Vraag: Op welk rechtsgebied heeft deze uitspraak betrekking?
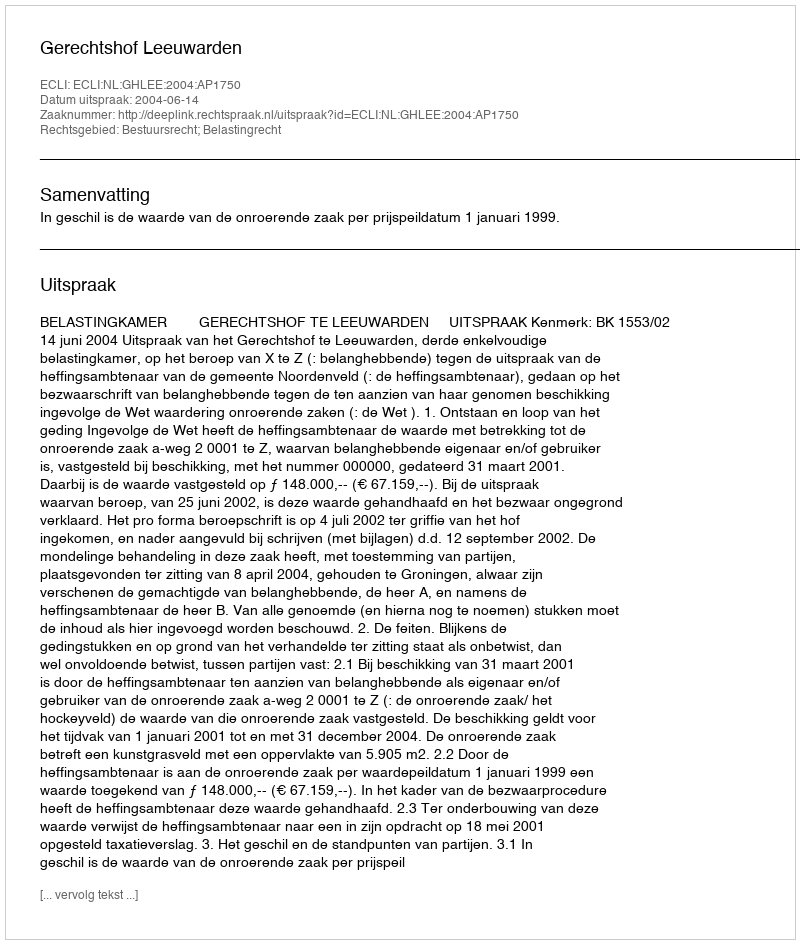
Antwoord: Bestuursrecht; Belastingrecht